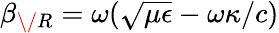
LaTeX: \beta_{\/ R}=\omega(\sqrt{\mu\epsilon}-\omega\kappa/c)